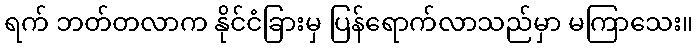
ရက် ဘတ်တလာက နိုင်ငံခြားမှ ပြန်ရောက်လာသည်မှာ မကြာသေး။